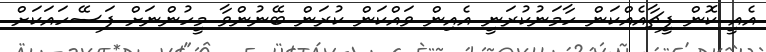
އެއީ ކޮން ފީޗާއެއްކަން ހާމަނުކުރަނީ އެއިން ވައްކަން ކުރަން ބޭނުންވާ މީހުންނަށް ފަސޭހައަކަށް